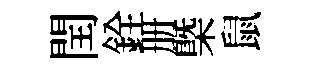
閏銓册㮣鼠